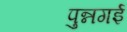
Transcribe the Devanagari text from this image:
पुन्नगई